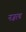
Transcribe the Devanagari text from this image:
नज़रथ